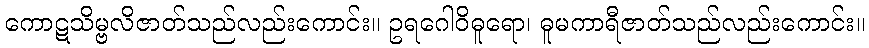
ကောဋသိမ္ဗလိဇာတ်သည်လည်းကောင်း။ ဥရဂေါဝိဓူရော၊ ဓူမကာရီဇာတ်သည်လည်းကောင်း။